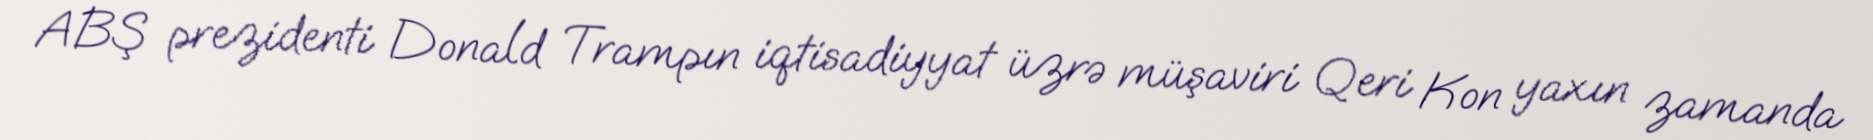
ABŞ prezidenti Donald Trampın iqtisadiyyat üzrə müşaviri Qeri Kon yaxın zamanda